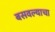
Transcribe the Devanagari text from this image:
बसवल्याचा